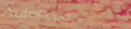
AutoRepair